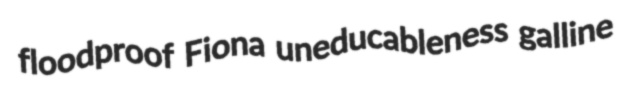
floodproof Fiona uneducableness galline